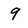
Character: 9